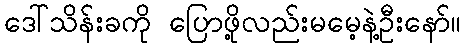
ဒေါ်သိန်းခကို ပြောဖို့လည်းမမေ့နဲ့ဦးနော်။